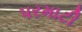
પરમાટી